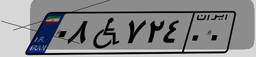
۰۸W۷۲۴۰۰